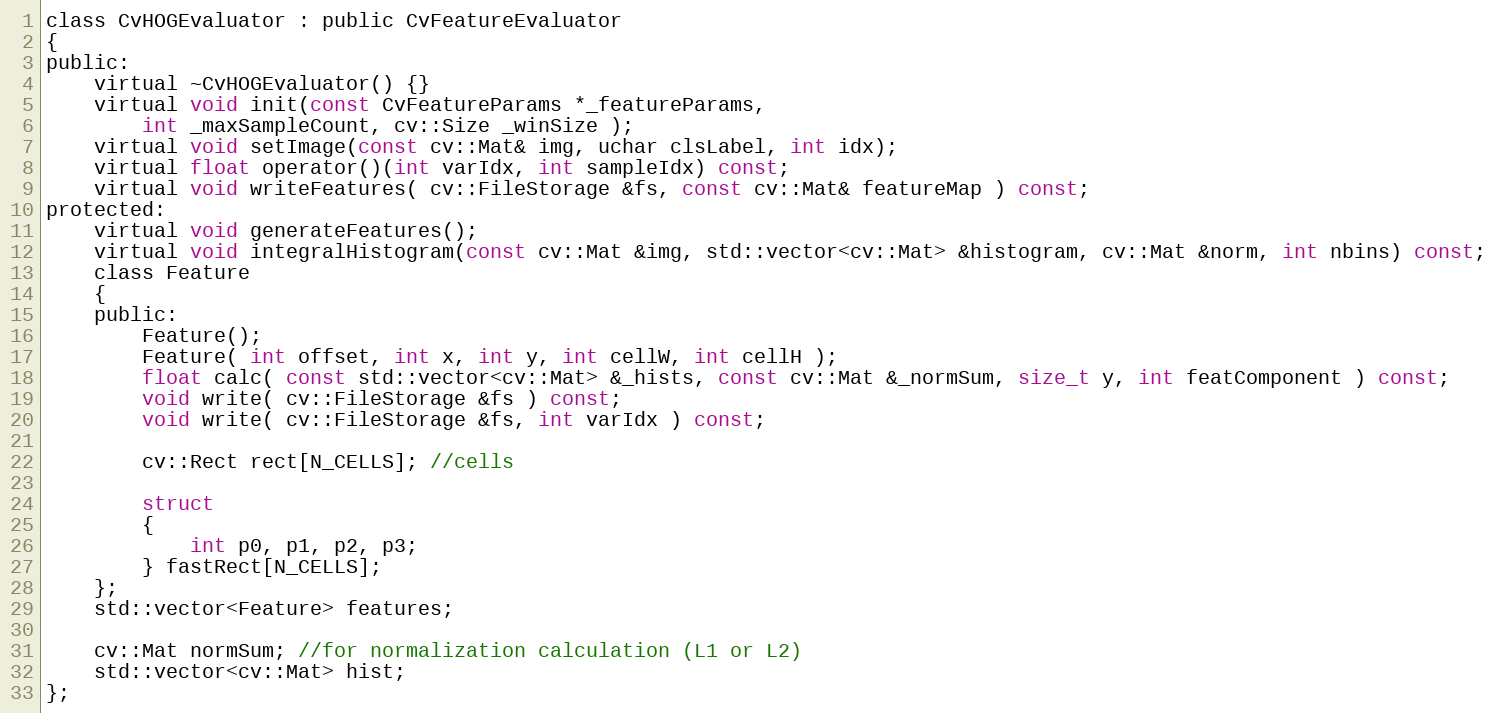
Language: C
class CvHOGEvaluator : public CvFeatureEvaluator
{
public:
    virtual ~CvHOGEvaluator() {}
    virtual void init(const CvFeatureParams *_featureParams,
        int _maxSampleCount, cv::Size _winSize );
    virtual void setImage(const cv::Mat& img, uchar clsLabel, int idx);
    virtual float operator()(int varIdx, int sampleIdx) const;
    virtual void writeFeatures( cv::FileStorage &fs, const cv::Mat& featureMap ) const;
protected:
    virtual void generateFeatures();
    virtual void integralHistogram(const cv::Mat &img, std::vector<cv::Mat> &histogram, cv::Mat &norm, int nbins) const;
    class Feature
    {
    public:
        Feature();
        Feature( int offset, int x, int y, int cellW, int cellH );
        float calc( const std::vector<cv::Mat> &_hists, const cv::Mat &_normSum, size_t y, int featComponent ) const;
        void write( cv::FileStorage &fs ) const;
        void write( cv::FileStorage &fs, int varIdx ) const;

        cv::Rect rect[N_CELLS]; //cells

        struct
        {
            int p0, p1, p2, p3;
        } fastRect[N_CELLS];
    };
    std::vector<Feature> features;

    cv::Mat normSum; //for normalization calculation (L1 or L2)
    std::vector<cv::Mat> hist;
};